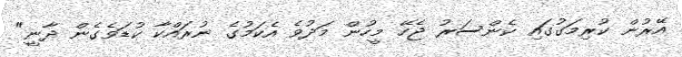
އޭރުން ކުރިމަގުގައި ކެންސަރު ޖެހޭ މީހުން މަދުވެ އެކަމުގެ ނުރައްކާ ކުޑަވެގެން ދާނީ"